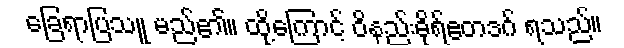
ခြေရာပြသူ မည်၏။ ထို့ကြောင့် ဝိနည်းဓိုရ်ဧတဒဂ် ရသည်။